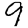
Digit: 9